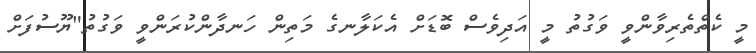
މީ ކެތްތެރިވާންވީ ވަގުތު މީ އަދިވެސް ބޮޑަށް އެކަލާނގެ މަތިން ހަނދާންކުރަންވީ ވަގުތު"ޔޫސުފަށް